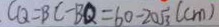
C Q = B C - B Q = 6 0 - 2 0 \sqrt { 3 } ( c m )